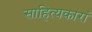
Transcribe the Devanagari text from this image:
साहित्यकारां